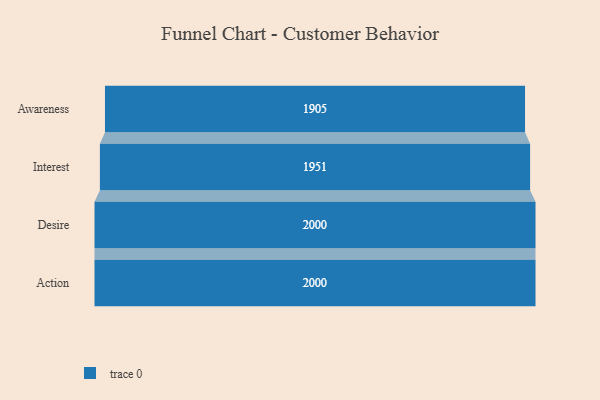
{"axis": {"x": "Stage", "y": "Value"}, "legend": [""], "data": [{"x": "Awareness", "y": 1905.0, "type": ""}, {"x": "Interest", "y": 1951.0, "type": ""}, {"x": "Desire", "y": 2000, "type": ""}, {"x": "Action", "y": 2000, "type": ""}]}